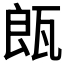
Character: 𤭒